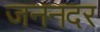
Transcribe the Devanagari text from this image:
जननदर